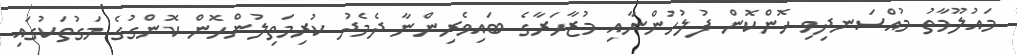
މައުލޫމާތު މުއްސަނދިވި ހޮންކޮން ފުލުހުންނާއި މުޒާހަރާގެ ބައިވެރިންނާ ދެމެދު ކުރިމަތިލުންހޮން ކޮންގުގެ މަގުތަކުގައި